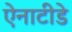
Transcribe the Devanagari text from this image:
ऐनाटीडे